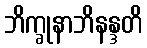
ဘိက္ခုနာဘိနန္ဒတိ